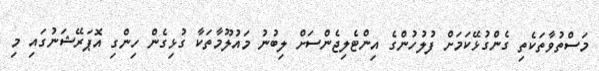
މަސްތުވާތަކެތި ގެންގުޅޭކަމަށް ފުލުހުންގެ އިންޓެލިޖެންސަށް ލިބުނު މައުލޫމާތަކާ ގުޅިގެން ހިންގި އޮޕަރޭޝަނުގައި މި